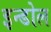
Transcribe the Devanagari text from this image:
इन्डोल